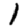
Digit: 1